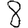
Digit: 8